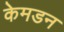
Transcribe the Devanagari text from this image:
केमडन